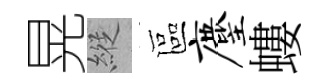
晃縱區麈螻